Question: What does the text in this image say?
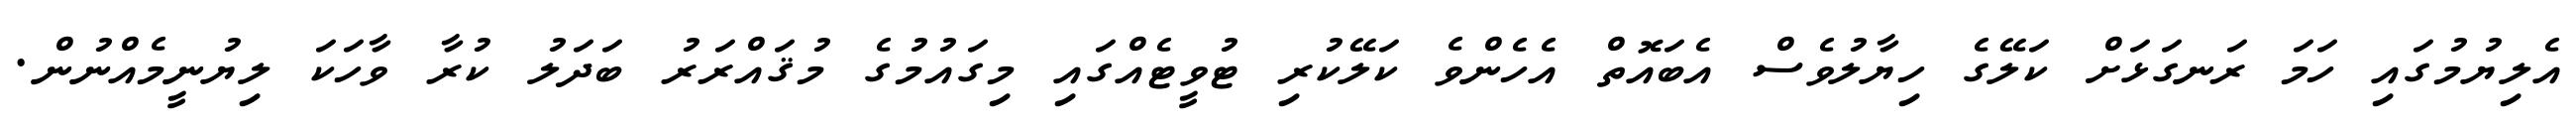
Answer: އެލިޔުމުގައި ހަމަ ރަނގަޅަށް ކަލޭގެ ހިޔާލުވެސް އެބައޮތް އެހެންވެ ކަލޭކުރި ޓުވީޓެއްގައި މިގައުމުގެ މުޤައްރަރު ބަދަލު ކުރާ ވާހަކަ ލިޔުނީމެއްނުން.